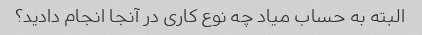
البته به حساب میاد چه نوع کاری در آنجا انجام دادید؟